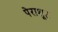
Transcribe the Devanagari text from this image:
पेराशूट